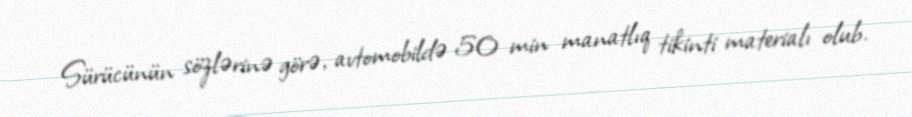
Sürücünün sözlərinə görə, avtomobildə 50 min manatlıq tikinti materialı olub.